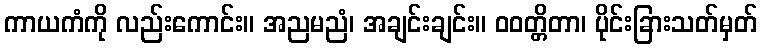
ကာယကံကို လည်းကောင်း။ အညမညံ၊ အချင်းချင်း။ ဝဝတ္တိတာ၊ ပိုင်းခြားသတ်မှတ်